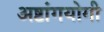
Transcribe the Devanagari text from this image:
अष्टांगयोगी